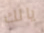
يالك